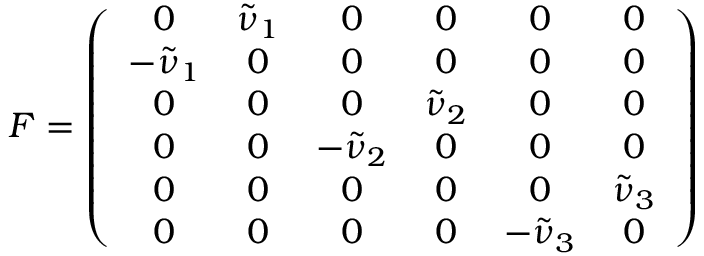
F = \left( \begin{array} { c c c c c c } { { 0 } } & { { \tilde { \nu } _ { 1 } } } & { { 0 } } & { { 0 } } & { { 0 } } & { { 0 } } \\ { { - \tilde { \nu } _ { 1 } } } & { { 0 } } & { { 0 } } & { { 0 } } & { { 0 } } & { { 0 } } \\ { { 0 } } & { { 0 } } & { { 0 } } & { { \tilde { \nu } _ { 2 } } } & { { 0 } } & { { 0 } } \\ { { 0 } } & { { 0 } } & { { - \tilde { \nu } _ { 2 } } } & { { 0 } } & { { 0 } } & { { 0 } } \\ { { 0 } } & { { 0 } } & { { 0 } } & { { 0 } } & { { 0 } } & { { \tilde { \nu } _ { 3 } } } \\ { { 0 } } & { { 0 } } & { { 0 } } & { { 0 } } & { { - \tilde { \nu } _ { 3 } } } & { { 0 } } \end{array} \right)